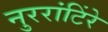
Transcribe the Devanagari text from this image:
नुररांटिंरे